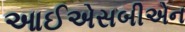
આઈએસબીએન